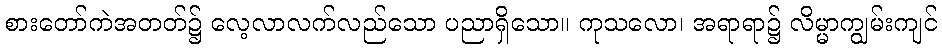
စားတော်ကဲအတတ်၌ လေ့လာလက်လည်သော ပညာရှိသော။ ကုသလော၊ အရာရာ၌ လိမ္မာကျွမ်းကျင်